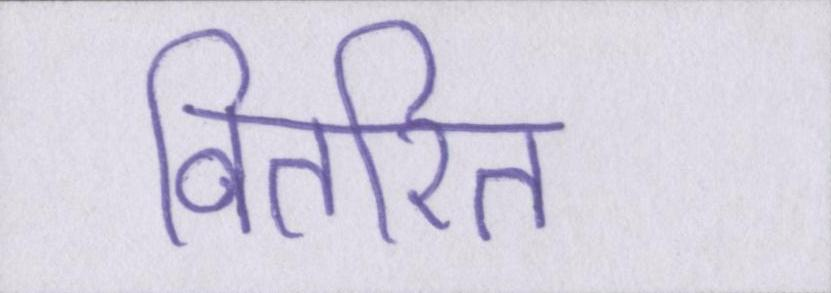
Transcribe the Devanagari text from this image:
वितरित